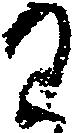
わ